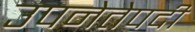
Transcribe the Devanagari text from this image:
उपनेतेपदी